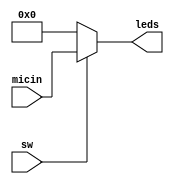
`timescale 1ns / 1ps
//////////////////////////////////////////////////////////////////////////////////
// Company: 
// Engineer: 
// 
// Design Name: 
// Module Name: 2_to_1_multiplexer
// Project Name: 
// Target Devices: 
// Tool Versions: 
// Description: 
// 
// Dependencies: 
// 
// Revision:
// Revision 0.01 - File Created
// Additional Comments:
// 
//////////////////////////////////////////////////////////////////////////////////


module multiplexer(input sw,input [11:0] micin, output [11:0] leds);

assign leds = (sw)? micin: 0;

endmodule